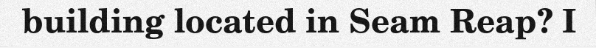
building located in Seam Reap? I